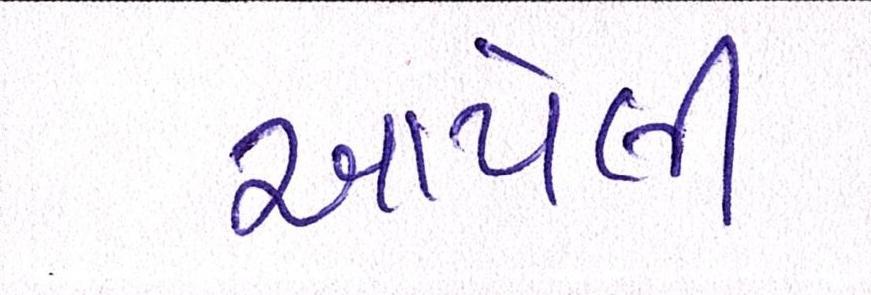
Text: આપેલી